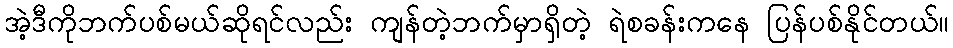
အဲ့ဒီကိုဘက်ပစ်မယ်ဆိုရင်လည်း ကျန်တဲ့ဘက်မှာရှိတဲ့ ရဲစခန်းကနေ ပြန်ပစ်နိုင်တယ်။